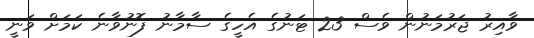
ވާއިރު ޖަރުމަނުން ވެސް 23 ޓަނުގެ އެހީގެ ސާމާނު ފޮނުވާނެ ކަމަށް ވަނީ